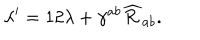
LaTeX: \lambda ^ { \prime } = 1 2 \lambda + \gamma ^ { a b } \widehat { \cal R } _ { a b } .